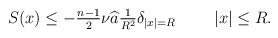
\begin{align*} \textstyle S(x)\le -\frac{n-1}{2}\nu\widehat{a} \frac{1}{R^{2}}\delta_{|x|=R} \qquad\ |x|\le R.\end{align*}